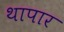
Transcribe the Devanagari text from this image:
थापार